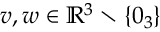
v , w \in \mathbb { R } ^ { 3 } \setminus \{ 0 _ { 3 } \}